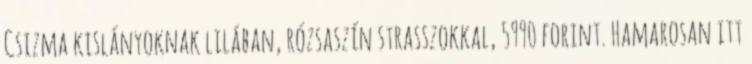
Csizma kislányoknak lilában, rózsaszín strasszokkal, 5990 forint. Hamarosan itt